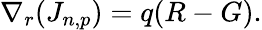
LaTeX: \nabla_{r}(J_{n,p})=q(R-G).